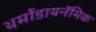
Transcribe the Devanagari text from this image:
थर्मोडायनॅमिक